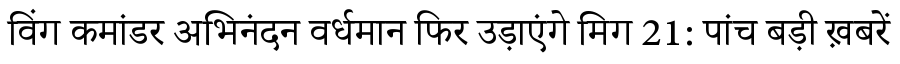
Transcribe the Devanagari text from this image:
विंग कमांडर अभिनंदन वर्धमान फिर उड़ाएंगे मिग 21: पांच बड़ी ख़बरें